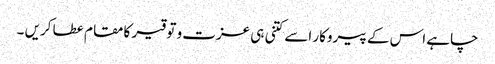
چاہے اس کے پیروکار اسے کتنی ہی عزت و توقیر کا مقام عطا کریں ۔